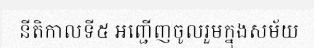
នីតិកាលទី៥ អញ្ជើញចូលរួមក្នុងសម័យ